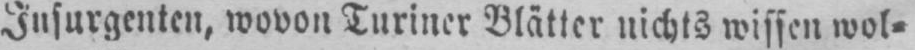
Insurgenten, wovon Turiner Blätter nichts wissen wol⸗